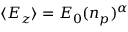
\langle E _ { z } \rangle = E _ { 0 } ( n _ { p } ) ^ { \alpha }